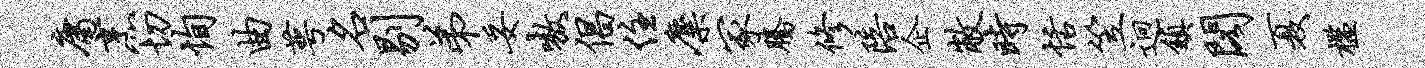
庸烹切恂曲萼名剔弟妥嗷倡住麋冢腾修陪企敝时恬笠迥镇阁夏槛